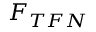
F _ { T F N }